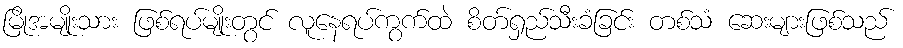
မြိုအမျိုးသား ဖြစ်ရပ်မျိုးတွင် လူနေရပ်ကွက်ထဲ စိတ်ရှည်သီးခံခြင်း တစ်သံ ဆေးများဖြစ်သည်